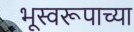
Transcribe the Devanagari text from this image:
भूस्वरूपाच्या